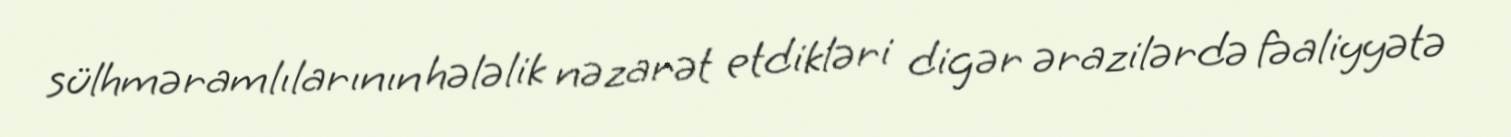
sülhməramlılarının hələlik nəzarət etdikləri digər ərazilərdə fəaliyyətə